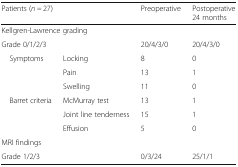
<table><thead><tr><td colspan="2"><b>Patients (<i>n =</i> 27)</b></td><td><b>Preoperative</b></td><td><b>Postoperative 24 months</b></td></tr></thead><tbody><tr><td colspan="4">Kellgren-Lawrence grading</td></tr><tr><td colspan="2">Grade 0/1/2/3</td><td>20/4/3/0</td><td>20/4/3/0</td></tr><tr><td rowspan="3"> Symptoms</td><td>Locking</td><td>8</td><td>0</td></tr><tr><td>Pain</td><td>13</td><td>1</td></tr><tr><td>Swelling</td><td>11</td><td>0</td></tr><tr><td rowspan="3"> Barret criteria</td><td>McMurray test</td><td>13</td><td>1</td></tr><tr><td>Joint line tenderness</td><td>15</td><td>1</td></tr><tr><td>Effusion</td><td>5</td><td>0</td></tr><tr><td colspan="4">MRI findings</td></tr><tr><td colspan="2">Grade 1/2/3</td><td>0/3/24</td><td>25/1/1</td></tr></tbody></table>